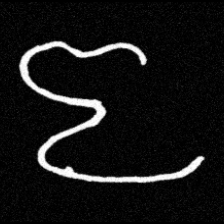
Pyu character \u2014 Myanmar letter: ဇ (romanized: ja)